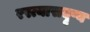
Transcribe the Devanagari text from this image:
रस्त्यासदृष्य